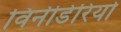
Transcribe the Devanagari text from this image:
विनीडेरियो